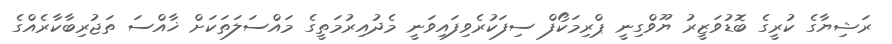
ރަޝިޔާގެ ކުރީގެ ބޮޑުވަޒީރު ޔޫވްގިނީ ޕްރިމަކޯފް ސިފަކުރެވިފައިވަނީ މެދުއިރުމަތީގެ މައްސަލަތަކަށް ޚާއްސަ ތަޖުރިބާކާރެއްގެ